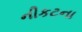
નીકટના